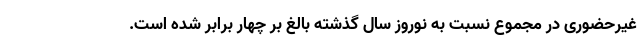
غیرحضوری در مجموع نسبت به نوروز سال گذشته بالغ بر چهار برابر شده است.